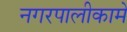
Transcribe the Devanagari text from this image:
नगरपालीकामे